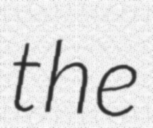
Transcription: the